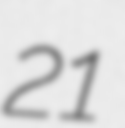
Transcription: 21